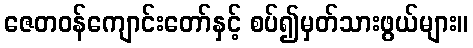
ဇေတဝန်ကျောင်းတော်နှင့် စပ်၍မှတ်သားဖွယ်များ။